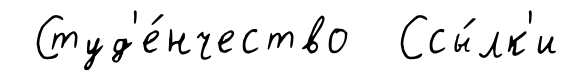
Студ'е́нчество Ссы́лк'и